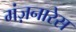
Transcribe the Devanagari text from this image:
मंज़नारेस